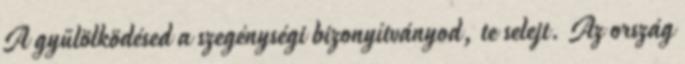
A gyűlölködésed a szegénységi bizonyítványod, te selejt. Az ország